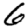
Digit: 6